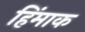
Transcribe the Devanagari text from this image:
हिंमाक